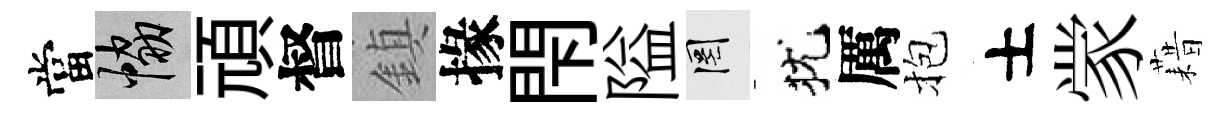
當協頑督鎮掾閇隘罔犹厲抱士䝉藉